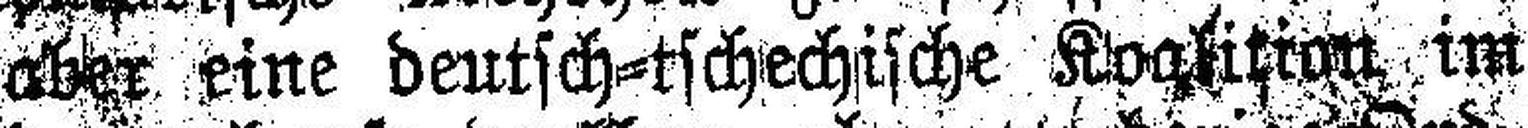
### aber eine deutsch=tschechische Koalition im